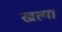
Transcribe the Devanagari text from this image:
खत्मा